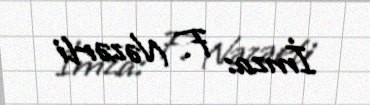
İmza: F. Nəzərli